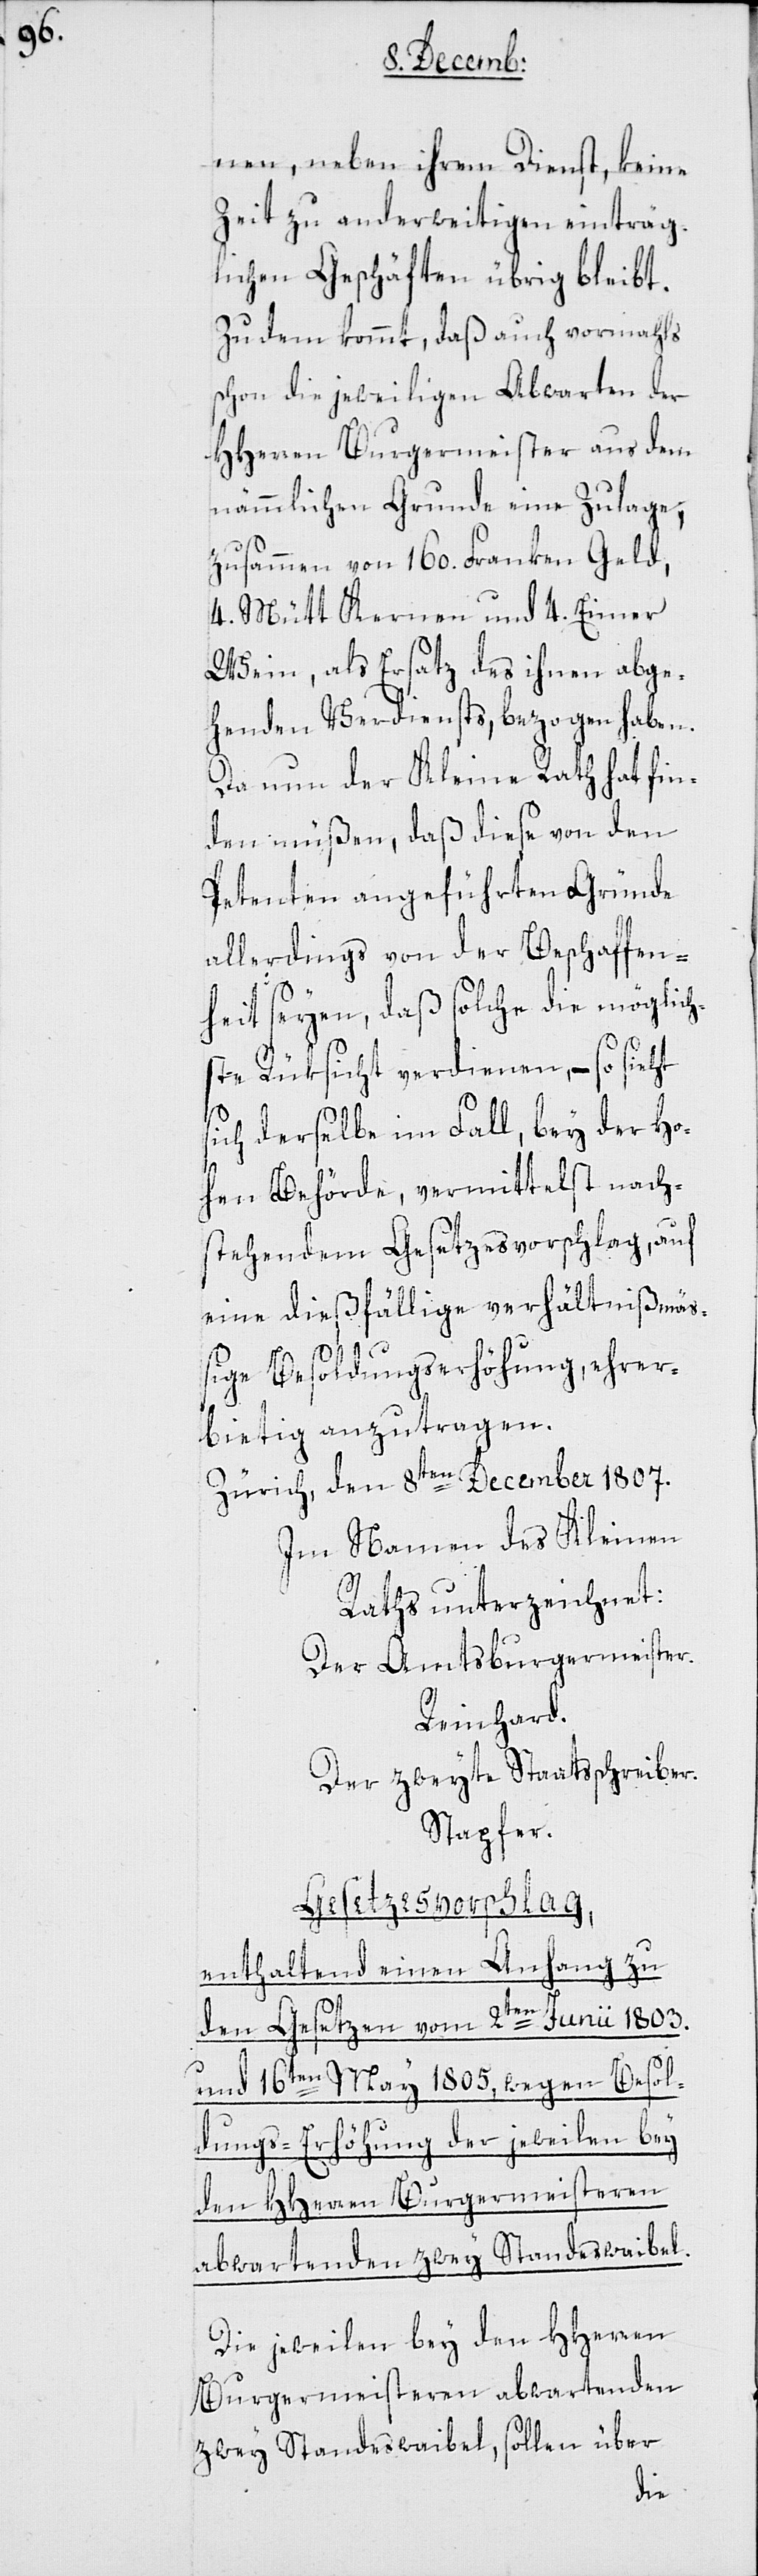
nen, neben ihrem Dienst, keine
Zeit zu anderweitigen einträg¬
lichen Geschäften übrig bleibt.
Zu dem kommt, daß auch vormahls
schon die jeweiligen Abwarten der
HHerren Burgermeister aus dem
nämmlichen Grunde eine Zulage,
zusammen von 160. Franken Geld,
4. Mütt Kernen und 4. Eimer
Wein, als Ersatz des ihnen abge¬
henden Verdiensts, bezogen haben.
Da nun der Kleine Rath hat fin¬
den müßen, daß diese von den
Petenten angeführten Gründe
allerdings von der Beschaffen¬
heit seyen, daß solche die möglich¬
ste Rüksicht verdienen, – so sieht
sich derselbe im Fall, bey der Ho¬
hen Behörde, vermittelst nach¬
stehendem Gesetzesvorschlag, auf
eine dießfällige verhältnißmä¬
ßige Besoldungserhöhung, ehrer¬
bietig anzutragen.
Zürich, den 8ten December 1807.
Im Namen des Kleinen
Raths unterzeichnet:
Der Amtsburgermeister.
Reinhard.
Der zweyte Staatsschreiber.
Stapfer.
Gesetzesvorschlag,
enthaltend einen Anhang zu
den Gesetzen vom 2ten Junii 1803.
und 16ten May 1805, wegen Besol¬
dungs-Erhöhung der jeweilen bey
den HHerren Burgermeisteren
abwartenden zwey Standeswaibel.
Die jeweilen bey den HHerren
Burgermeisteren abwartenden
zwey Standeswaibel, sollen über